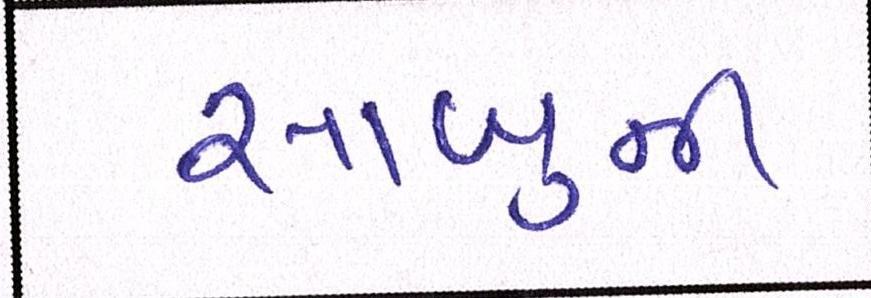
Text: સાબુની